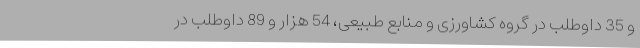
و 35 داوطلب در گروه کشاورزی و منابع طبیعی، 54 هزار و 89 داوطلب در